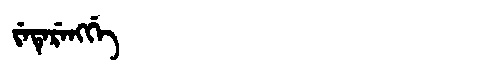
Manchu: ᠵᡝᡨᡝᡵᡝᠩᡤᡝ
Romanization: JETERENGGE